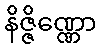
နိဇ္ဇိဏ္ဏော